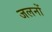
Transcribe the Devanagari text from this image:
जलनों